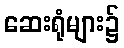
ဆေးရုံများ၌